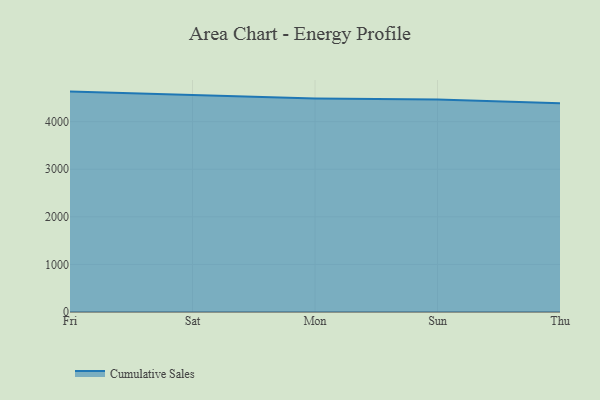
{"axis": {"x": "Day", "y": "Energy Usage (MWh)"}, "legend": ["Cumulative Sales"], "data": [{"x": "Fri", "y": 4631.2, "type": "Cumulative Sales"}, {"x": "Sat", "y": 4565.4, "type": "Cumulative Sales"}, {"x": "Mon", "y": 4487.0, "type": "Cumulative Sales"}, {"x": "Sun", "y": 4464.8, "type": "Cumulative Sales"}, {"x": "Thu", "y": 4388.1, "type": "Cumulative Sales"}]}